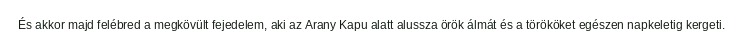
És akkor majd felébred a megkövült fejedelem, aki az Arany Kapu alatt alussza örök álmát és a törököket egészen napkeletig kergeti.